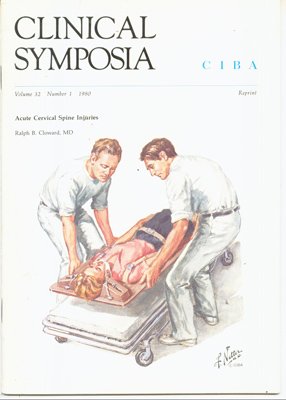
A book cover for Acute Cervical Spine Injuries (Clinical Symposia) Volume 32, Number 1; MD Ralph B Cloward; Health, Fitness & Dieting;